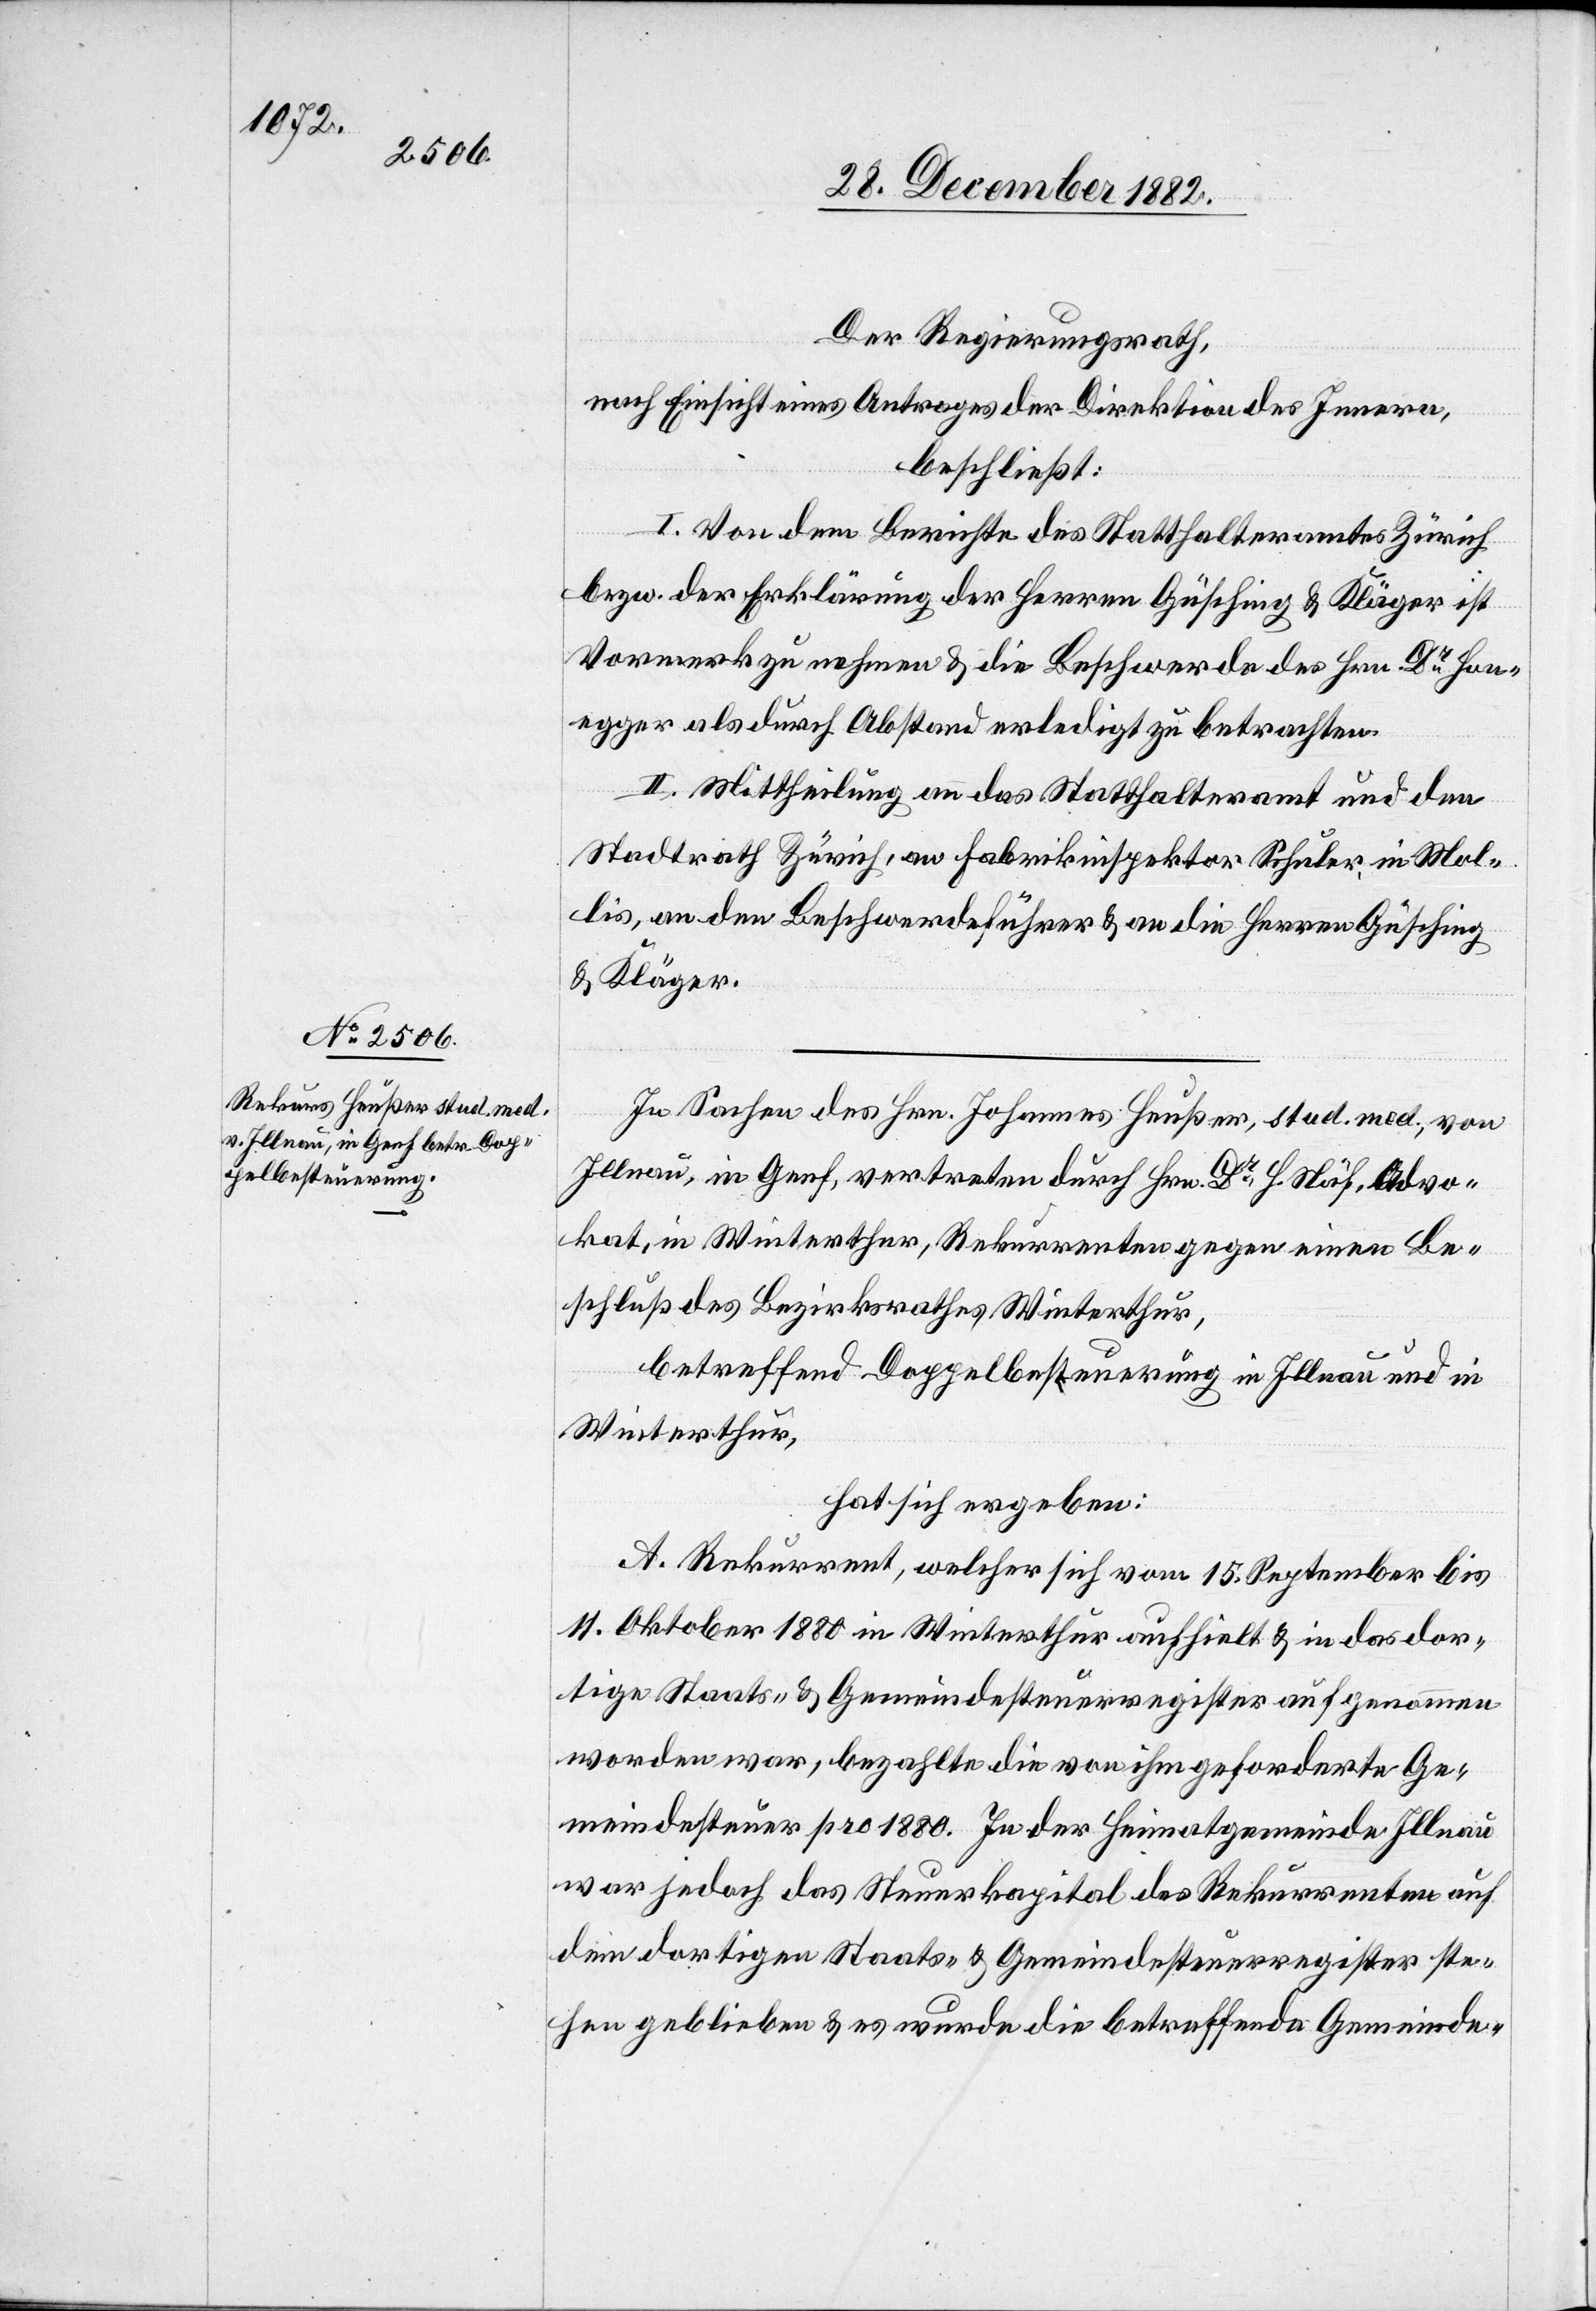
Der Regierungsrath,
nach Einsicht eines Antrages der Direktion des Innern,
beschließt:
I. Von dem Berichte des Statthalteramtes Zürich
bezw. der Erklärung der Herren Güsching & Kläger ist
Vormerk zu nehmen & die Beschwerde des Hrn. Hon¬
egger als durch Abstand erledigt zu betrachten.
II. Mittheilung an das Statthalteramt und den
Stadtrath Zürich, an Fabrikinspektor Schuler, in Mol¬
lis, an den Beschwerdeführer & an die Herren Güsching
& Kläger.
In Sachen des Hrn. Johannes Heußer, stud. med., von
Illnau, in Genf, vertreten durch Hrn. Dr H. Näf, Advo¬
kat, in Winterthur, Rekurrenten gegen einen Be¬
schluß des Bezirksrathes Winterthur,
betreffend Doppelbesteuerung in Illnau und in
Winterthur,
hat sich ergeben:
A. Rekurrent, welcher sich vom 15. September bis
11. Oktober 1880 in Winterthur aufhielt & in das dor¬
tige Staats- & Gemeindesteuerregister aufgenommen
worden war, bezahlte die von ihm geforderte Ge¬
meindesteuer pro 1880. In der Heimatgemeinde Illnau
war jedoch das Steuerkapital des Rekurrenten auf
dem dortigen Staats- & Gemeindesteuerregister ste¬
hen geblieben & es wurde die betreffende Gemeinde-